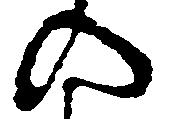
の